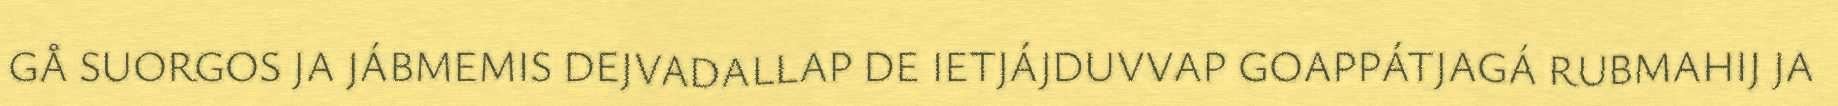
GÅ SUORGOS JA JÁBMEMIS DEJVADALLAP DE IETJÁJDUVVAP GOAPPÁTJAGÁ RUBMAHIJ JA